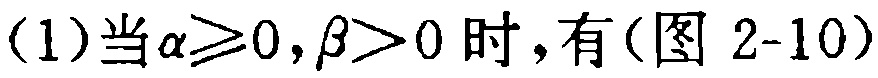
(1)当\(\alpha\geqslant0,\beta > 0\)时，有(图 2-10)